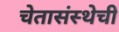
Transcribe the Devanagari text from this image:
चेतासंस्थेची